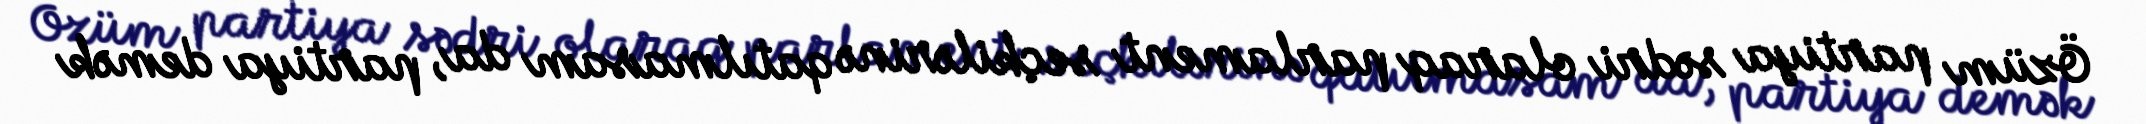
Özüm partiya sədri olaraq parlament seçkilərinə qatılmasam da, partiya demək